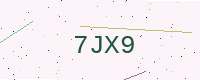
Text: 7JX9